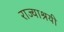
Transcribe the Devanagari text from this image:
राज्याश्रयी